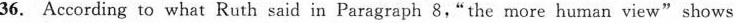
36. According to what Ruth said in Paragraph 8,"the more human view" shows